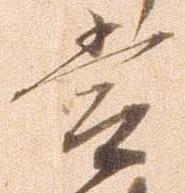
常